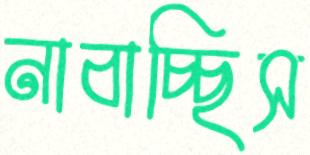
নাবাচ্ছিস